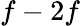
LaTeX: f-2f